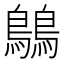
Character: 𪅝